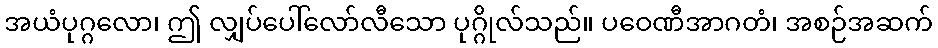
အယံပုဂ္ဂလော၊ ဤ လျှပ်ပေါ်လော်လီသော ပုဂ္ဂိုလ်သည်။ ပဝေဏီအာဂတံ၊ အစဉ်အဆက်